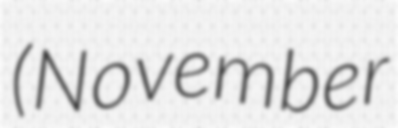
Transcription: (November